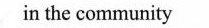
in the community